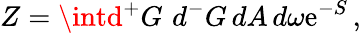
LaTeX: Z=\intd{^+G}\, \, d{^-G}\, dA\, d\omega\mathrm{e}^{-S}\, ,